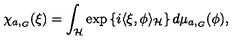
\chi _ { a , _ { G } } ( \xi ) = \int _ { \cal H } \exp \left\{ i \langle \xi , \phi \rangle _ { \cal H } \right\} d \mu _ { a , _ { G } } ( \phi ) ,